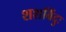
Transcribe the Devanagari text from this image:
शशबिंदुः